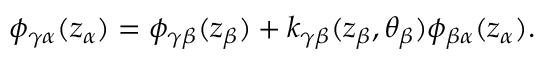
\phi _ { \gamma \alpha } ( z _ { \alpha } ) = \phi _ { \gamma \beta } ( z _ { \beta } ) + k _ { \gamma \beta } ( z _ { \beta } , \theta _ { \beta } ) \phi _ { \beta \alpha } ( z _ { \alpha } ) .